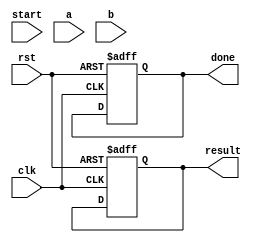
module fp_multiplier (
    input clk,
    input rst,
    input start,
    input [31:0] a, // First floating-point input
    input [31:0] b, // Second floating-point input
    output reg [31:0] result, // Resulting floating-point output
    output reg done // Indicates when the multiplication is complete
);

    // Pipeline registers
    reg [31:0] a_reg, b_reg;
    reg sign_a, sign_b, sign_result;
    reg [7:0] exp_a, exp_b, exp_result;
    reg [23:0] mant_a, mant_b, mant_result;
    reg [47:0] mant_mult; // Intermediate product of mantissas
    reg [4:0] shift_count; // For normalization
    reg [1:0] stage; // Pipeline stage tracker

    // Constants
    localparam BIAS = 8'd127;
    localparam EXPONENT_MAX = 8'd255;

    // Stage encoding
    localparam INPUT_STAGE = 2'b00;
    localparam SIGN_STAGE = 2'b01;
    localparam EXPONENT_STAGE = 2'b10;
    localparam MANTISSA_STAGE = 2'b11;
    localparam OUTPUT_STAGE = 2'b00;

    // Control logic
    always @(posedge clk or posedge rst) begin
        if (rst) begin
            stage <= INPUT_STAGE;
            done <= 0;
            result <= 0;
        end else begin
            case (stage)
                INPUT_STAGE: begin
                    if (start) begin
                        // Load inputs
                        a_reg <= a;
                        b_reg <= b;
                        // Extract sign, exponent, and mantissa
                        sign_a <= a_reg[31];
                        sign_b <= b_reg[31];
                        exp_a <= a_reg[30:23];
                        exp_b <= b_reg[30:23];
                        mant_a <= {1'b1, a_reg[22:0]}; // Implicit leading 1 for normalized numbers
                        mant_b <= {1'b1, b_reg[22:0]}; // Implicit leading 1 for normalized numbers
                        stage <= SIGN_STAGE;
                    end
                end

                SIGN_STAGE: begin
                    // Calculate the sign of the result
                    sign_result <= sign_a ^ sign_b;
                    stage <= EXPONENT_STAGE;
                end

                EXPONENT_STAGE: begin
                    // Calculate exponent and handle bias
                    exp_result <= exp_a + exp_b - BIAS;
                    if (exp_result >= EXPONENT_MAX) begin
                        exp_result <= EXPONENT_MAX; // Overflow to infinity
                    end
                    stage <= MANTISSA_STAGE;
                end

                MANTISSA_STAGE: begin
                    // Multiply mantissas
                    mant_mult <= mant_a * mant_b;
                    // Normalize the mantissa
                    if (mant_mult[47]) begin
                        mant_result <= mant_mult[46:24]; // Shift right if leading bit is 1
                        shift_count <= 0;
                    end else begin
                        mant_result <= mant_mult[45:23]; // Shift right if leading bit is 0
                        shift_count <= 1; // Indicate a shift is needed
                    end
                    stage <= OUTPUT_STAGE;
                end

                OUTPUT_STAGE: begin
                    // Assemble final result
                    result <= {sign_result, exp_result, mant_result[22:0]};
                    done <= 1; // Indicate completion
                    stage <= INPUT_STAGE; // Reset to input stage for next operation
                end

                default: stage <= INPUT_STAGE; // Safety default
            endcase
        end
    end
endmodule